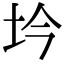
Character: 坅